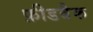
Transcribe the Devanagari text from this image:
फ़ीडबैक